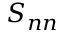
S _ { n n }